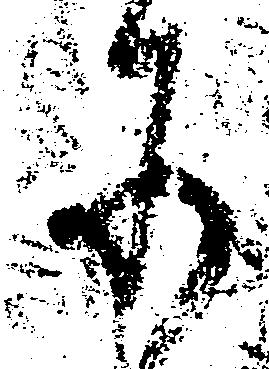
所